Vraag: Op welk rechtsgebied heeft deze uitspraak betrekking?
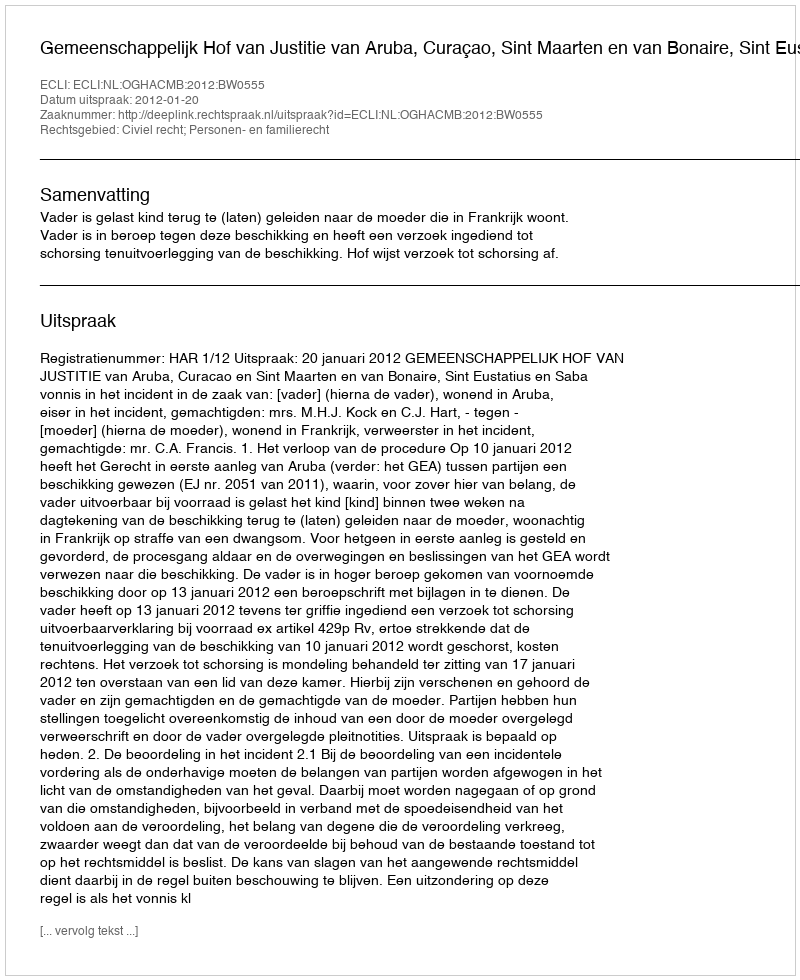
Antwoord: Civiel recht; Personen- en familierecht